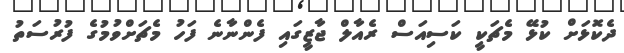
ދެކޮޅަށް ކުޅޭ މެޗަކީ ކަސިއަސް ރެއާލް ޖާޒީގައި ފެންނާނެ ފަހު މެޗަށްވުމުގެ ފުރުސަތު